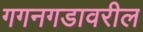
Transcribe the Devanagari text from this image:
गगनगडावरील